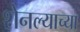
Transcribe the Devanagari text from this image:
शेनल्याच्या